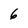
Character: 6